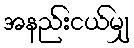
အနည်းငယ်မျှ